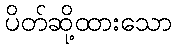
ပိတ်ဆို့ထားသော